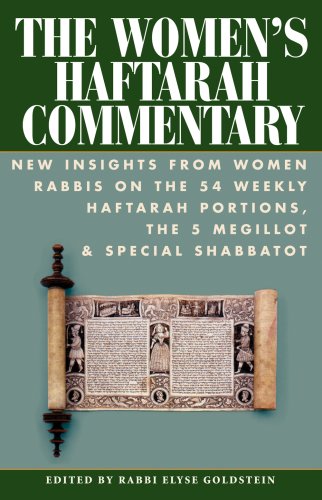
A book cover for The Women's Haftarah Commentary: New Insights from Women Rabbis on the 54 Weekly Haftarah Portions, the 5 Megillot & Special Shabbatot; Religion & Spirituality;